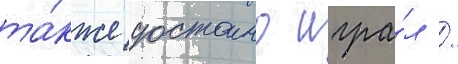
та́кже достоино игра́л /